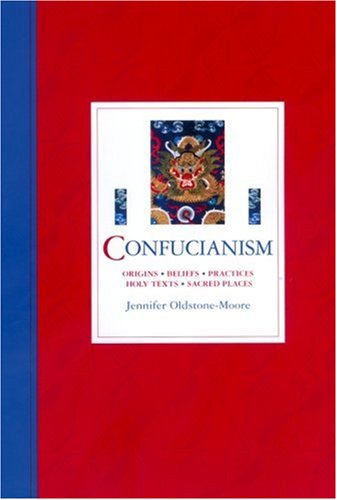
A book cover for Confucianism; Jennifer Oldstone-Moore; Religion & Spirituality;